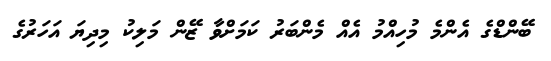
ބޭންޑްގެ އެންމެ މުހިއްމު އެއް މެންބަރު ކަމަށްވާ ޒޭން މަލިކު މިދިޔަ އަހަރުގެ